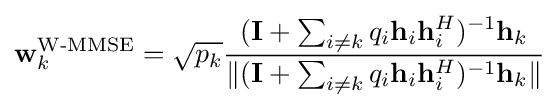
\mathbf {w} _{k}^{\textrm {W-MMSE}}={\sqrt {p_{k}}}{\frac {(\mathbf {I} +\sum _{i\neq k}q_{i}\mathbf {h} _{i}\mathbf {h} _{i}^{H})^{-1}\mathbf {h} _{k}}{\|(\mathbf {I} +\sum _{i\neq k}q_{i}\mathbf {h} _{i}\mathbf {h} _{i}^{H})^{-1}\mathbf {h} _{k}\|}}